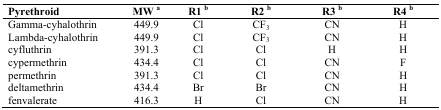
<table><thead><tr><td><b>Pyrethroid</b></td><td><b>MW <sup>a</sup></b></td><td><b>R1 <sup>b</sup></b></td><td><b>R2 <sup>b</sup></b></td><td><b>R3 <sup>b</sup></b></td><td><b>R4 <sup>b</sup></b></td></tr></thead><tbody><tr><td>Gamma-cyhalothrin</td><td>449.9</td><td>Cl</td><td>CF<sub>3</sub></td><td>CN</td><td>H</td></tr><tr><td>Lambda-cyhalothrin</td><td>449.9</td><td>Cl</td><td>CF<sub>3</sub></td><td>CN</td><td>H</td></tr><tr><td>cyfluthrin</td><td>391.3</td><td>Cl</td><td>Cl</td><td>H</td><td>H</td></tr><tr><td>cypermethrin</td><td>434.4</td><td>Cl</td><td>Cl</td><td>CN</td><td>F</td></tr><tr><td>permethrin</td><td>391.3</td><td>Cl</td><td>Cl</td><td>CN</td><td>H</td></tr><tr><td>deltamethrin</td><td>434.4</td><td>Br</td><td>Br</td><td>CN</td><td>H</td></tr><tr><td>fenvalerate</td><td>416.3</td><td>H</td><td>Cl</td><td>CN</td><td>H</td></tr></tbody></table>